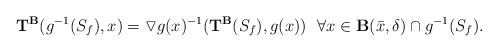
\begin{align*} \mathbf{T}^\mathbf{B}(g^{-1}(S_f), x)=\triangledown g(x)^{-1}(\mathbf{T}^\mathbf{B}(S_f), g(x))\ \ \forall x\in \mathbf{B}(\bar x,\delta)\cap g^{-1}(S_f).\end{align*}